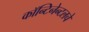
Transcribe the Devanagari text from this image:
कॉन्टिनेन्टलचे